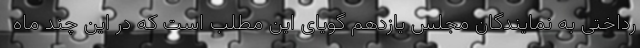
رداختی به نمایندگان مجلس یازدهم گویای این مطلب است که در این چند ماه